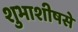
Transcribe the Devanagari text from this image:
शुभाशीषसे